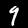
Label: 9